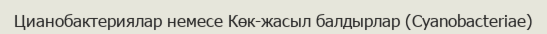
Цианобактериялар немесе Көк-жасыл балдырлар (Cyanobacteriae)